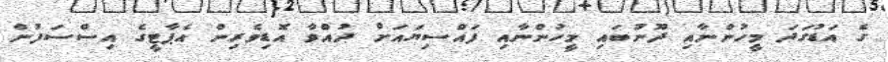
ގެ އަޑުގަދަ މީހުންނާއި ދޫނުބައި މީހުންނާއި ފައްސިޔައަށް ދުއްވާ އޮޑިވެރިން އެޕާޓީގެ އިސްސަފުން